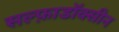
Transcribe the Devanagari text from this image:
सल्फ़ाडॉक्सीन